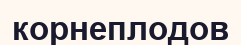
корнеплодов